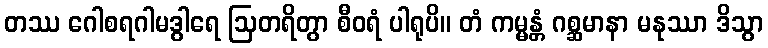
တဿ ဂေါစရဂါမဒွါရေ ဩတရိတွာ စီဝရံ ပါရုပိ။ တံ ကမ္မန္တံ ဂစ္ဆမာနာ မနုဿာ ဒိသွာ